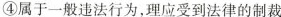
④属于一般违法行为，理应受到法律的制裁